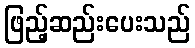
ဖြည့်ဆည်းပေးသည်